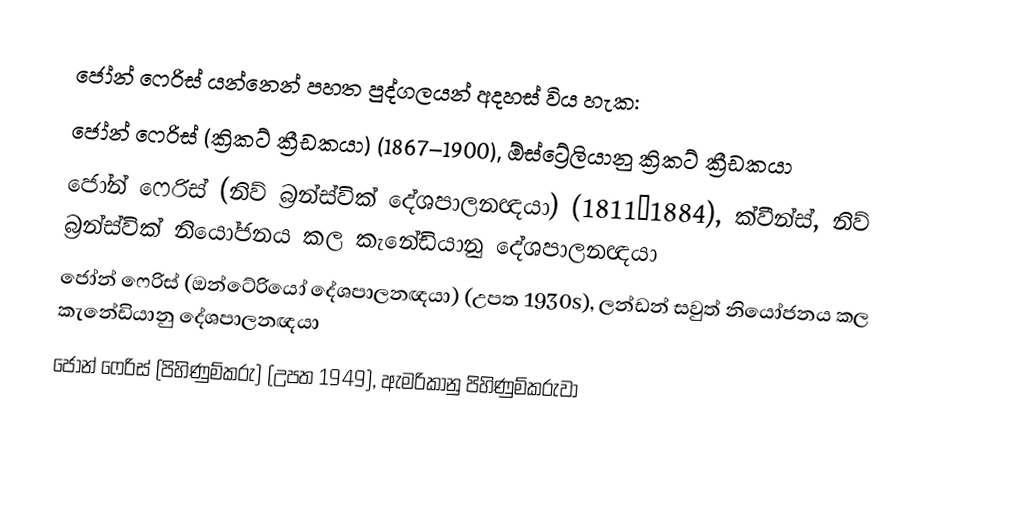
ජෝන් ෆෙරිස් යන්නෙන් පහත පුද්ගලයන් අදහස් විය හැක:
 ජෝන් ෆෙරිස් (ක්‍රිකට් ක්‍රීඩකයා) (1867–1900), ඕස්ට්‍රේලියානු ක්‍රිකට් ක්‍රීඩකයා
 ජෝන් ෆෙරිස් (නිව් බ්‍රන්ස්වික් දේශපාලනඥයා) (1811–1884), ක්වීන්ස්, නිව් බ්‍රන්ස්වික් නියෝජනය කල කැනේඩියානු දේශපාලනඥයා
 ජෝන් ෆෙරිස් (ඔන්ටේරියෝ දේශපාලනඥයා) (උපත 1930s),  ලන්ඩන් සවුත් නියෝජනය කල කැනේඩියානු දේශපාලනඥයා
 ජෝන් ෆෙරිස් (පිහිණුම්කරු) (උපත 1949), ඇමරිකානු පිහිණුම්කරුවා